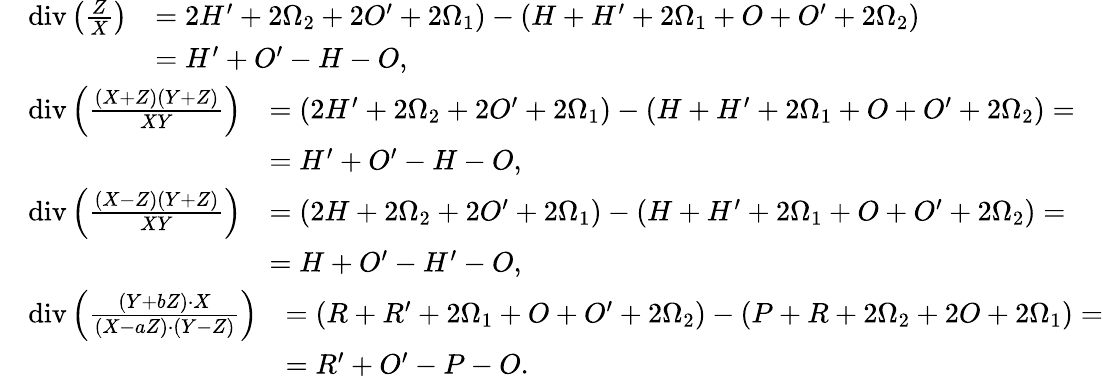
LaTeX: \begin{array}{rl}&{\begin{array}{rl}{\operatorname{div}\left(\frac{Z}{X}\right)}&{=2H^{\prime}+2\Omega_{2}+2O^{\prime}+2\Omega_{1})-(H+H^{\prime}+2\Omega_{1}+O+O^{\prime}+2\Omega_{2})}\\ &{=H^{\prime}+O^{\prime}-H-O,}\end{array}}\\ &{\begin{array}{rl}{\operatorname{div}\left(\frac{(X+Z)(Y+Z)}{XY}\right)}&{=(2H^{\prime}+2\Omega_{2}+2O^{\prime}+2\Omega_{1})-(H+H^{\prime}+2\Omega_{1}+O+O^{\prime}+2\Omega_{2})=}\\ &{=H^{\prime}+O^{\prime}-H-O,}\end{array}}\\ &{\begin{array}{rl}{\operatorname{div}\left(\frac{(X-Z)(Y+Z)}{XY}\right)}&{=(2H+2\Omega_{2}+2O^{\prime}+2\Omega_{1})-(H+H^{\prime}+2\Omega_{1}+O+O^{\prime}+2\Omega_{2})=}\\ &{=H+O^{\prime}-H^{\prime}-O,}\end{array}}\\ &{\begin{array}{rl}{\operatorname{div}\left(\frac{(Y+bZ)\cdot X}{(X-aZ)\cdot(Y-Z)}\right)}&{=(R+R^{\prime}+2\Omega_{1}+O+O^{\prime}+2\Omega_{2})-(P+R+2\Omega_{2}+2O+2\Omega_{1})=}\\ &{=R^{\prime}+O^{\prime}-P-O.}\end{array}}\end{array}